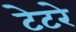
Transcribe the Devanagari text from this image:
टेटरे